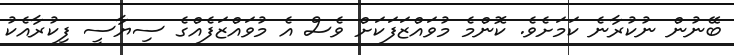
ބޭނުން ނުކުރާނެ ކަމަށެވެ. ކޮންމެ މުވައްޒަފަކަށް ވެސް އެ މުވައްޒަފެއްގެ ސިޔާސީ ފިކުރާއެކު